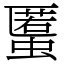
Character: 𧏾